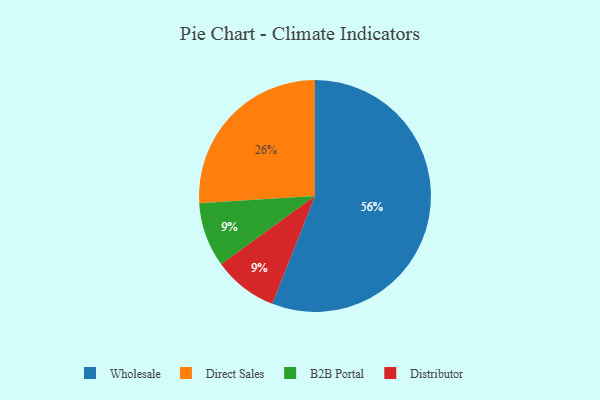
{"axis": {"x": "Category", "y": "Percentage"}, "legend": ["B2B Portal", "Direct Sales", "Distributor", "Wholesale"], "data": [{"x": "Wholesale", "y": 56, "type": "Wholesale"}, {"x": "B2B Portal", "y": 9, "type": "B2B Portal"}, {"x": "Distributor", "y": 9, "type": "Distributor"}, {"x": "Direct Sales", "y": 26, "type": "Direct Sales"}]}